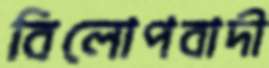
বিলোপবাদী